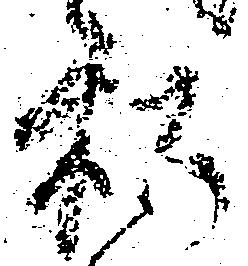
私